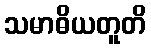
သမာဓိယတူတိ